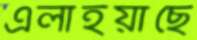
এলাইয়াছে